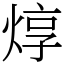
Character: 焞